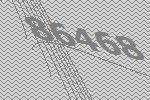
86468